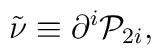
\tilde \nu \equiv \partial ^i{\cal P}_{2i},